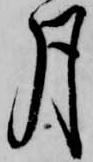
月